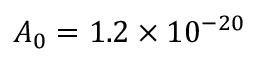
A _ { 0 } = 1 . 2 \times 1 0 ^ { - 2 0 }